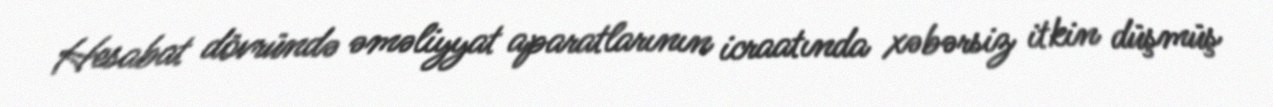
Hesabat dövründə əməliyyat aparatlarının icraatında xəbərsiz itkin düşmüş